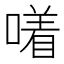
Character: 𪢂